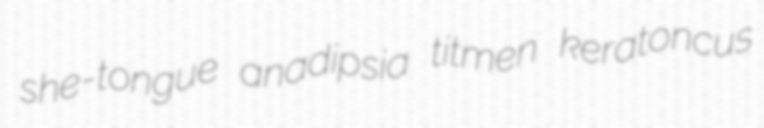
she-tongue anadipsia titmen keratoncus